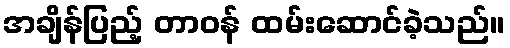
အချိန်ပြည့် တာဝန် ထမ်းဆောင်ခဲ့သည်။